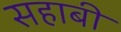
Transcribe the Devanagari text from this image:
सहाबी